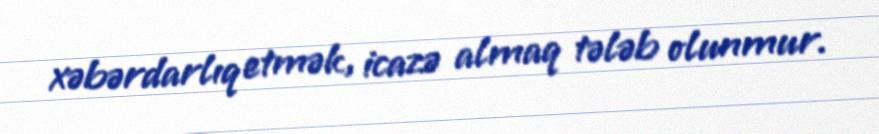
xəbərdarlıq etmək, icazə almaq tələb olunmur.